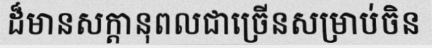
ដ៏មានសក្តានុពលជាច្រើនសម្រាប់ចិន